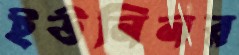
ইউনিনর